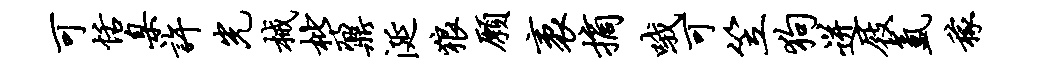
可恬臬许光械枇鼐涎狼愿袤摘哦可笠狗迸屐氲稼